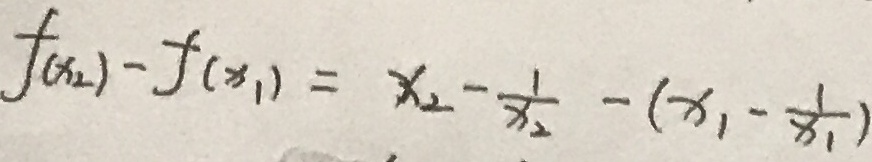
f ( x _ { 2 } ) - f ( x _ { 1 } ) = x _ { 2 } - \frac { 1 } { x _ { 1 } } - ( x _ { 1 } - \frac { 1 } { x _ { 1 } } )